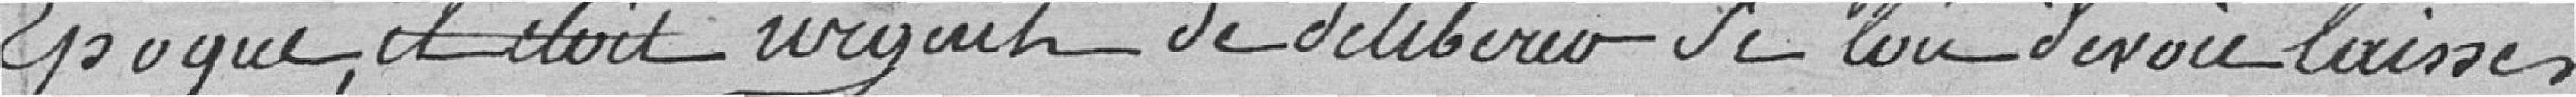
époque, il était urgent de délibérer si l'un devait laisser